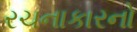
રચનાકારનો